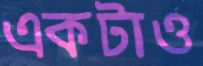
একটাও